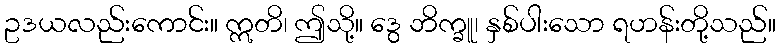
ဥဒယလည်းကောင်း။ ဣတိ၊ ဤသို့။ ဒွေ ဘိက္ခူ၊ နှစ်ပါးသော ရဟန်းတို့သည်။